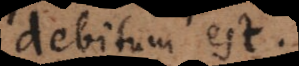
debitum est.